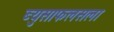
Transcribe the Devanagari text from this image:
ब्युसाफलसला